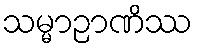
သမ္မာဉာဏိဿ